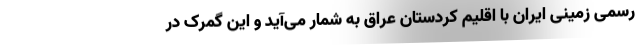
رسمی زمینی ایران با اقلیم کردستان عراق به شمار می‌آید و این گمرک در